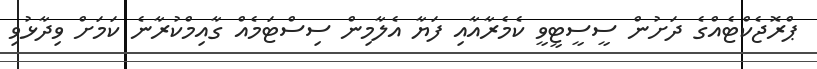
ޕްރޮޖެކްޓެއްގެ ދަށުން ސީސީޓީވީ ކެމެރާއާއި ފަޔާ އެލާމިން ސިސްޓަމެއް ގާއިމްކުރާނެ ކަމަށް ވިދާޅުވި